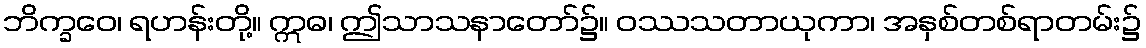
ဘိက္ခဝေ၊ ရဟန်းတို့။ ဣဓ၊ ဤသာသနာတော်၌။ ဝဿသတာယုကာ၊ အနှစ်တစ်ရာတမ်း၌